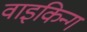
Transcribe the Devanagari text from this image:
वाइकिन्ग